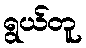
ရွယ်တူ